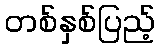
တစ်နှစ်ပြည့်